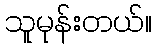
သူမုန်းတယ်။